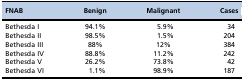
<table><thead><tr><td><b>FNAB</b></td><td><b>Benign</b></td><td><b>Malignant</b></td><td><b>Cases</b></td></tr></thead><tbody><tr><td>Bethesda I</td><td>94.1%</td><td>5.9%</td><td>34</td></tr><tr><td>Bethesda II</td><td>98.5%</td><td>1.5%</td><td>204</td></tr><tr><td>Bethesda III</td><td>88%</td><td>12%</td><td>384</td></tr><tr><td>Bethesda IV</td><td>88.8%</td><td>11.2%</td><td>242</td></tr><tr><td>Bethesda V</td><td>26.2%</td><td>73.8%</td><td>42</td></tr><tr><td>Bethesda VI</td><td>1.1%</td><td>98.9%</td><td>187</td></tr></tbody></table>